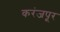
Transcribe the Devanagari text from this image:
करंजपूर